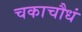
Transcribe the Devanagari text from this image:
चकाचौधं